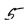
Character: 5